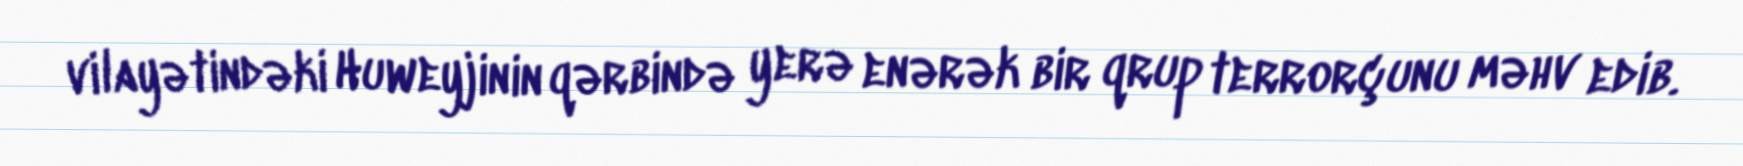
vilayətindəki Huweyjinin qərbində yerə enərək bir qrup terrorçunu məhv edib.